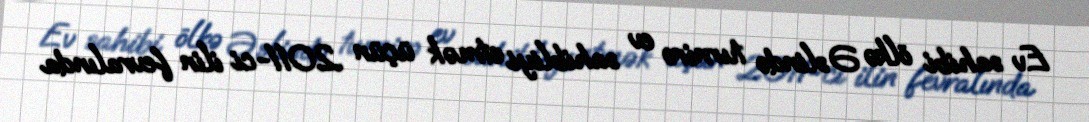
Ev sahibi ölkə Əslində turnirə ev sahibliyi etmək üçün 2011-ci ilin fevralında